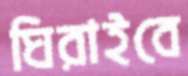
ঘিরাইবে